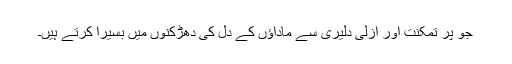
جو پر تمکنت اور ازلی دلیری سے ماداؤں کے دل کی دھڑکنوں میں بسیرا کرتے ہیں۔